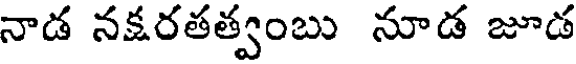
నాడ నక్షరతత్వంబు నూడ జూడ